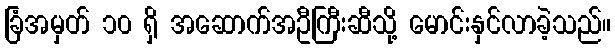
ခြံအမှတ် ၁၀ ရှိ အဆောက်အဦကြီးဆီသို့ မောင်းနှင်လာခဲ့သည်။